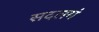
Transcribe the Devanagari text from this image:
सदलगं